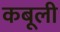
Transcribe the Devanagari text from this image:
कबूली